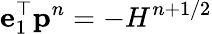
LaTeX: \mathbf{e}_{1}^{\top}\mathbf{p}^{n}=-H^{n+1/2}